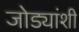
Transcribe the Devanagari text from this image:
जोड्यांशी